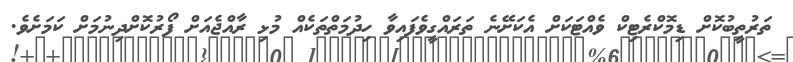
ތަރުތީބުކޮށް ޑިމޮކްރެޓިކް ވެއްޓަކަށް އެކަށޭނެ ތަރައްގީވެފައިވާ ހިދުމަތްތަކެއް މުޅި ރާއްޖެއަށް ފޯރުކޮށްދިނުމަށް ކަމަށެވެ.